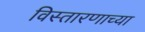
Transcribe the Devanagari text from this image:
विस्तारणाच्या